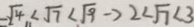
\sqrt { 4 } < \sqrt { 7 } < \sqrt { 9 } \rightarrow 2 < \sqrt { 7 } < 3